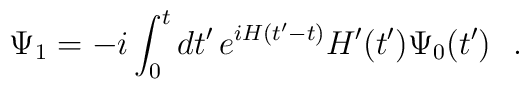
\Psi_1 = -i \int_0^t dt' \, e^{i H (t'-t)} H'(t') \Psi_0 (t') ~~.